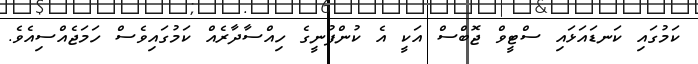
ކަމުގައި ކަނޑައަޅައި ސްޓީވް ޖޮބްސް އަކީ އެ ކުންފުނީގެ ހިއްސާދާރެއް ކަމުގައިވެސް ހަމަޖެއްސިއެވެ.